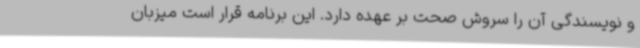
و نویسندگی آن را سروش صحت بر عهده دارد. این برنامه قرار است میزبان